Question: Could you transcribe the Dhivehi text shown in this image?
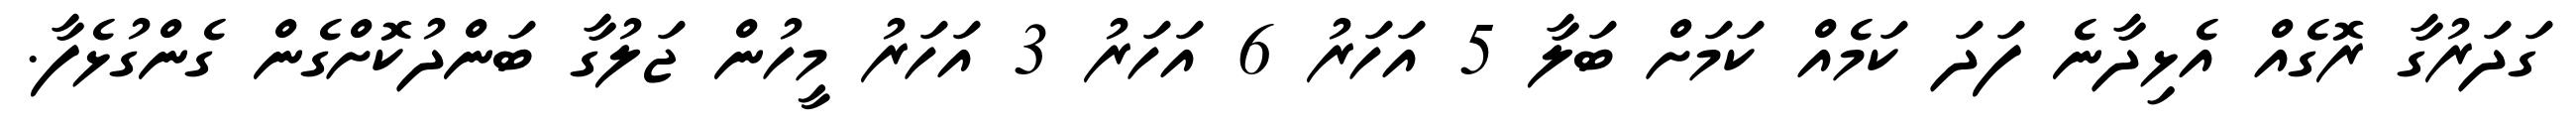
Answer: ގަދަރުގާ ރޮގެއް އެޅިދާނެ ފަދަ ކަމެއް ކަމަށް ބަލާ 5 އަހަރު 6 އަހަރު 3 އަހަރު މީހުން ޖަލުގާ ބަންދުކޮށްގެން ގެންގުޅެފާ.